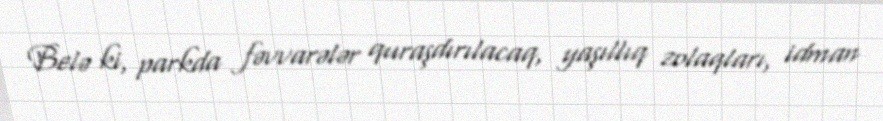
Belə ki, parkda fəvvarələr quraşdırılacaq, yaşıllıq zolaqları, idman